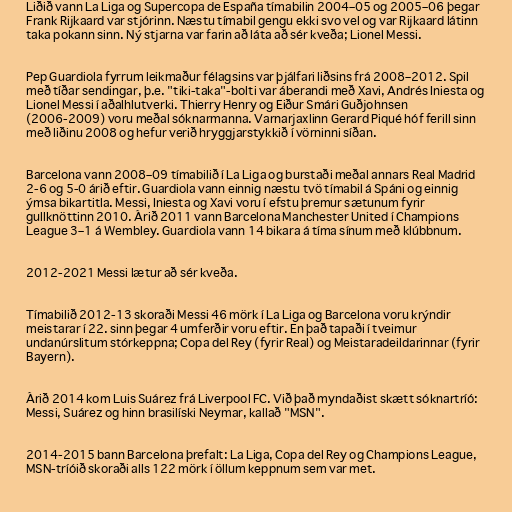
Liðið vann La Liga og Supercopa de España tímabilin 2004–05 og 2005–06 þegar
Frank Rijkaard var stjórinn. Næstu tímabil gengu ekki svo vel og var Rijkaard látinn
taka pokann sinn. Ný stjarna var farin að láta að sér kveða; Lionel Messi.

Pep Guardiola fyrrum leikmaður félagsins var þjálfari liðsins frá 2008–2012. Spil
með tíðar sendingar, þ.e. "tiki-taka"-bolti var áberandi með Xavi, Andrés Iniesta og
Lionel Messi í aðalhlutverki. Thierry Henry og Eiður Smári Guðjohnsen
(2006-2009) voru meðal sóknarmanna. Varnarjaxlinn Gerard Piqué hóf ferill sinn
með liðinu 2008 og hefur verið hryggjarstykkið í vörninni síðan.

Barcelona vann 2008–09 tímabilið í La Liga og burstaði meðal annars Real Madrid
2-6 og 5-0 árið eftir. Guardiola vann einnig næstu tvö tímabil á Spáni og einnig
ýmsa bikartitla. Messi, Iniesta og Xavi voru í efstu þremur sætunum fyrir
gullknöttinn 2010. Árið 2011 vann Barcelona Manchester United í Champions
League 3–1 á Wembley. Guardiola vann 14 bikara á tíma sínum með klúbbnum.

2012-2021 Messi lætur að sér kveða.

Tímabilið 2012-13 skoraði Messi 46 mörk í La Liga og Barcelona voru krýndir
meistarar í 22. sinn þegar 4 umferðir voru eftir. En það tapaði í tveimur
undanúrslitum stórkeppna; Copa del Rey (fyrir Real) og Meistaradeildarinnar (fyrir
Bayern).

Árið 2014 kom Luis Suárez frá Liverpool FC. Við það myndaðist skætt sóknartríó:
Messi, Suárez og hinn brasilíski Neymar, kallað "MSN".

2014-2015 bann Barcelona þrefalt: La Liga, Copa del Rey og Champions League,
MSN-tríóið skoraði alls 122 mörk í öllum keppnum sem var met.